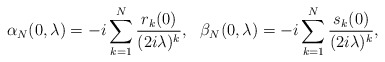
\begin{align*}\alpha_N(0,\lambda)=- i \sum_{k=1}^N\frac{r_k(0)}{(2 i\lambda)^k},\,\,\,\,\beta_N(0,\lambda)=- i \sum_{k=1}^N\frac{s_k(0)}{(2 i\lambda)^k}, \end{align*}